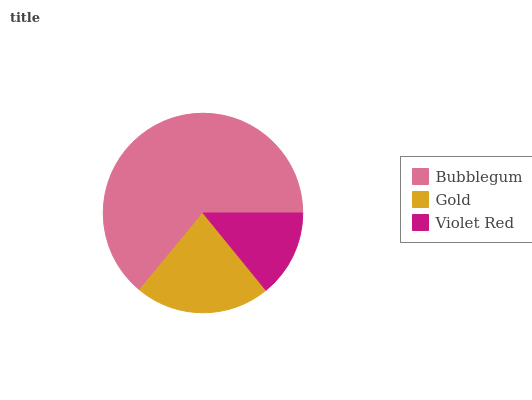
| Bubblegum | Gold | Violet Red |
 | --- | --- | --- |
 | 64% | 21.8% | 14.1% |